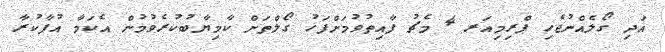
އަދި ގޯލެއްނުޖެހި ޕްރިމިއަރ 4 މެޗު ފާއިތުވުމަށްފަހު ގޯލްތަށް ކާމިޔާބުކުރެވުމުން އެކަމާ އުފާކުރާ